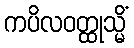
ကပိလဝတ္ထုသ္မိံ